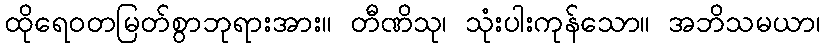
ထိုရေဝတမြတ်စွာဘုရားအား။ တီဏိသု၊ သုံးပါးကုန်သော။ အဘိသမယာ၊